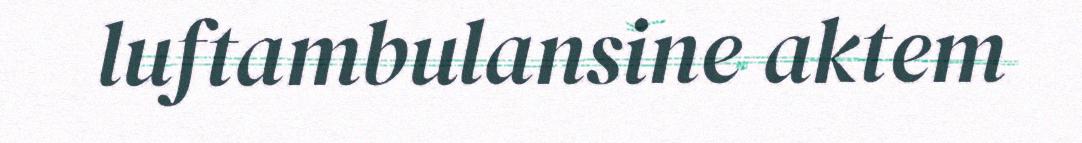
luftambulansine aktem